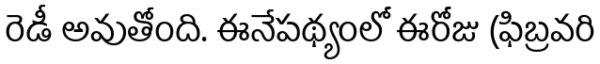
రెడీ అవుతోంది. ఈనేపథ్యంలో ఈరోజు (ఫిబ్రవరి